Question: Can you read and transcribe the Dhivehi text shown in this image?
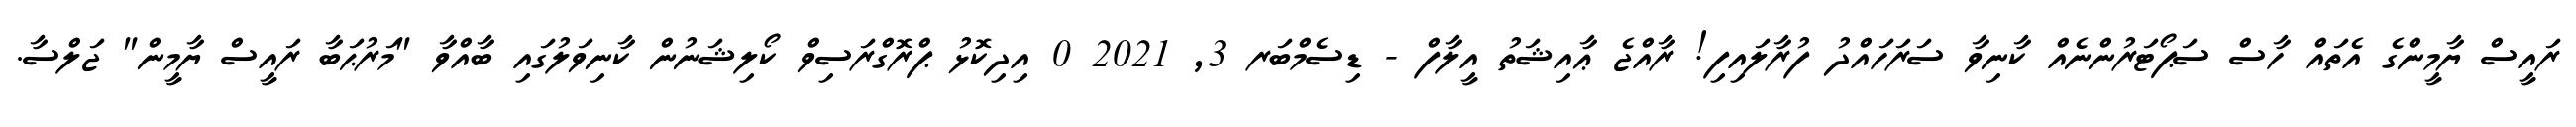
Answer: ރައީސް ޔާމީންގެ އެތައް ހާސް ސަޕޯޓަރުންނެއް ކާނިވާ ސަރަހައްދު ފުރާލައިފި! ރާއްޖެ ޢާއިޝަތު އީލާފް - ޑިސެމްބަރ 3, 2021 0 އިދިކޮޅު ޕްރޮގްރަސިވް ކޯލިޝަނުން ކާނިވަލުގައި ބާއްވާ "މަރުޙަބާ ރައީސް ޔާމީން" ޖަލްސާ.